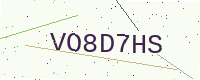
Text: VO8D7HS